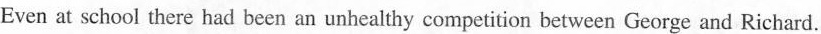
Even at school there had been an unhealthy competition between George and Richard.